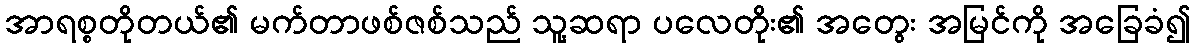
အာရစ္စတိုတယ်၏ မက်တာဖစ်ဇစ်သည် သူ့ဆရာ ပလေတိုး၏ အတွေး အမြင်ကို အခြေခံ၍